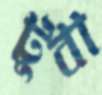
টুবা